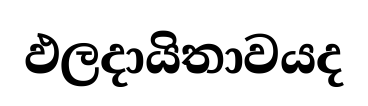
ඵලදායිතාවයද